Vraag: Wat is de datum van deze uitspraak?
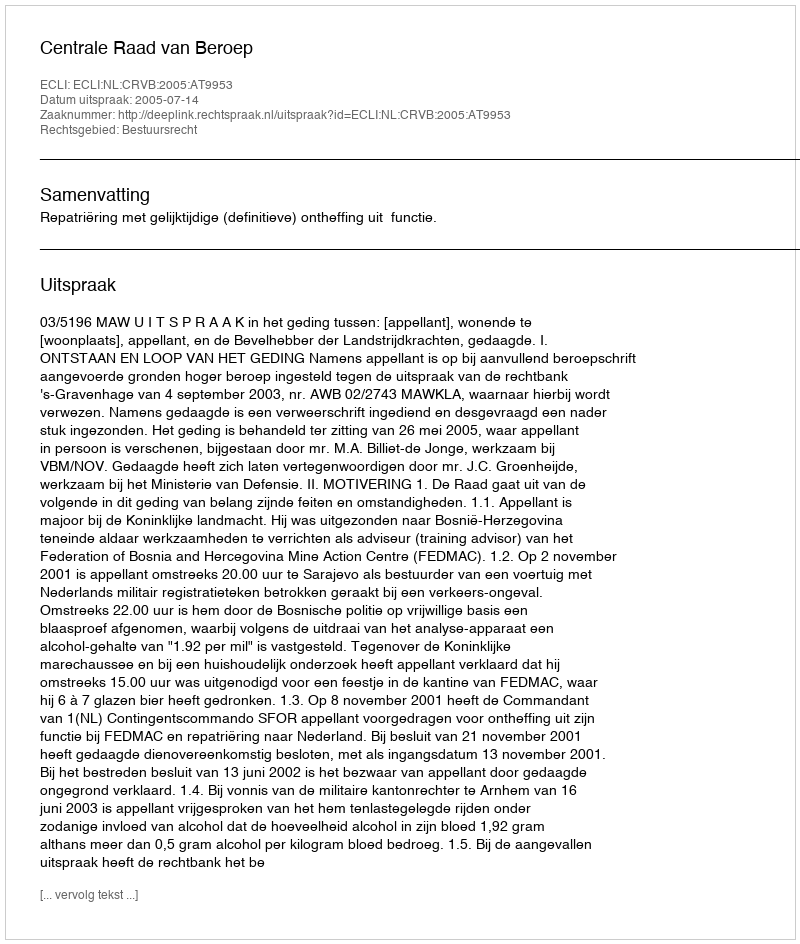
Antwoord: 2005-07-14